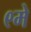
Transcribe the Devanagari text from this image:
९मे